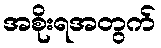
အစိုးရအတွက်